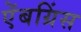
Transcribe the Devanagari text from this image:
ऐंबग्रिंस